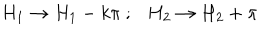
LaTeX: H _ { 1 } \rightarrow H _ { 1 } - k \pi ~ ; H _ { 2 } \rightarrow H _ { 2 } + \pi